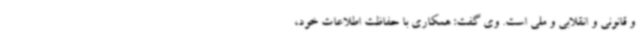
و قانونی و انقلابی و ملی است. وی گفت: همکاری با حفاظت اطلاعات خود،